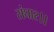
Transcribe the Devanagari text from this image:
संघार।।